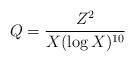
LaTeX: \begin{align*} Q = \frac{Z^2}{X(\log X)^{10}}\end{align*}